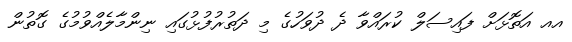
އއ އަތޮޅަށް ފައިސަލް ކުރައްވާ ދެ ދުވަހުގެ މި ދަތުރުފުޅުގައި ނިންމާލެއްވުމުގެ ގޮތުން